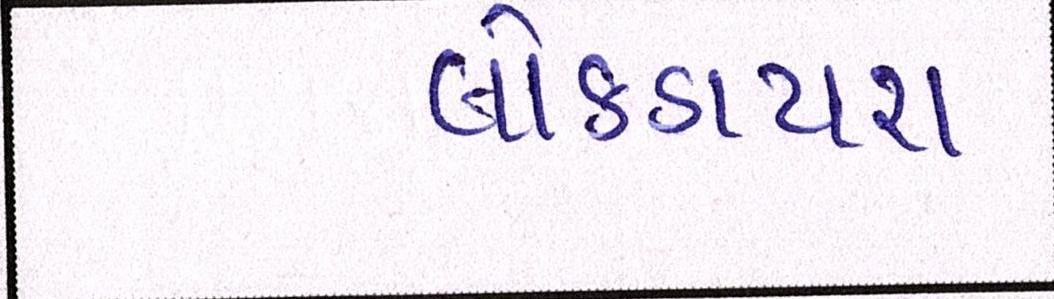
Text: લોકડાયરા